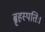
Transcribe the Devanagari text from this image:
ब्रृहस्पतिः।